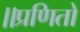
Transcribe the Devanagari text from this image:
॥प्रणितो